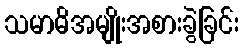
သမာဓိအမျိုးအစားခွဲခြင်း